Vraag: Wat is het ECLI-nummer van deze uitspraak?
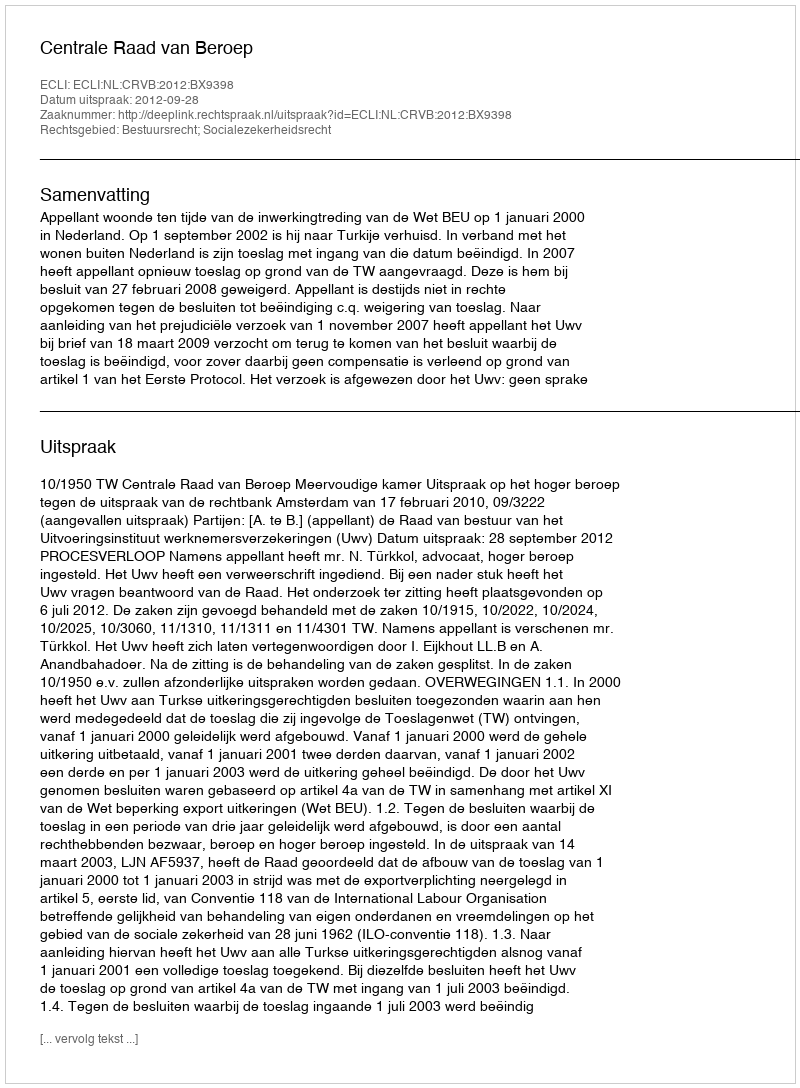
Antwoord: ECLI:NL:CRVB:2012:BX9398